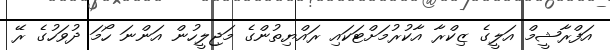
އަފްރާޝީމް އަލީގެ ޒިކްރާ އާކުރުމަށްޓަކައި ރައްޔިތުންގެ މަޖިލީހުން އަންނަ ހޯމަ ދުވަހުގެ ރޭ